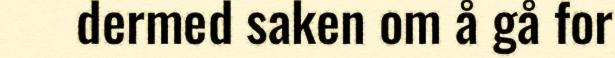
dermed saken om å gå for